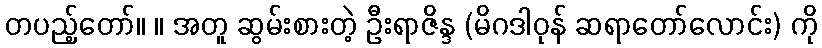
တပည့်တော်။ ။ အတူ ဆွမ်းစားတဲ့ ဦးရာဇိန္ဒ (မိဂဒါဝုန် ဆရာတော်လောင်း) ကို